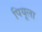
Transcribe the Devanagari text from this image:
पियूला